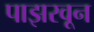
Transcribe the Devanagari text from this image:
पाझरवून